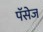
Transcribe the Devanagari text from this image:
पॅसेज